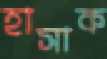
হাসাক